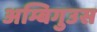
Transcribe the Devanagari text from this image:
अम्बिगुउस